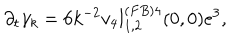
LaTeX: \partial _ { t } \gamma _ { k } = 6 k ^ { - 2 } v _ { 4 } l _ { 1 , 2 } ^ { ( F B ) 4 } ( 0 , 0 ) e ^ { 3 } ,